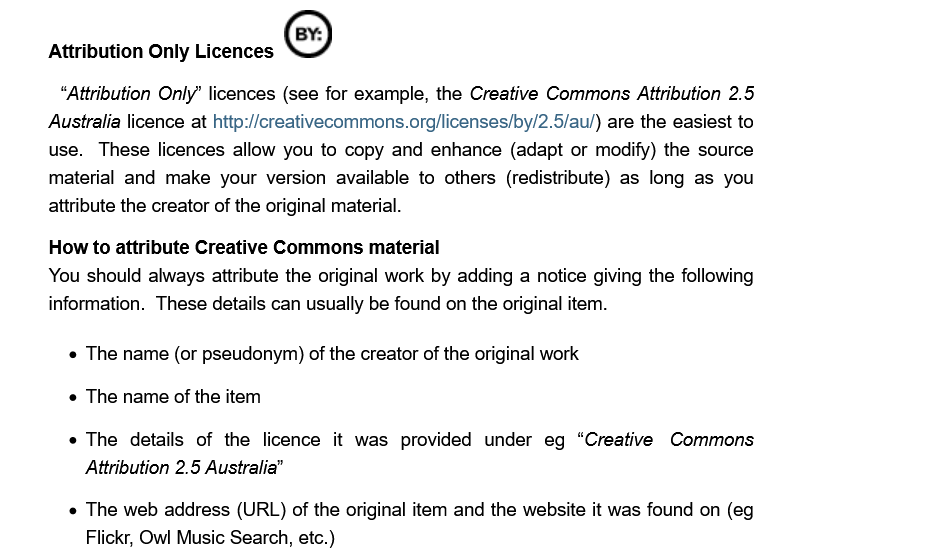
Attribution Only Licences
     “Attribution Only’ licences (see for example, the Creative Commons Attribution 2.5
     Australia licence at http://creativecommons.org/licenses/by/2.5/au/) are the easiest to
     use.  These  licences allow you to copy and enhance (adapt or modify) the source
     material and make   your version available to others (redistribute) as long as you
     attribute the creator of the original material.
     How to  attribute Creative Commons  material
     You should always attribute the original work by adding a notice giving the following
     information. These details can usually be found on the original item.
     The  name (or pseudonym) of the creator of the original work
     The  name of the item
     The  details of the licence it was  provided  under eg  “Creative  Commons
     Attribution 2.5 Australia”
     The  web address  (URL) of the original item and the website it was found on (eg
     Flickr. Owl Music Search, etc.)